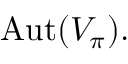
{ \mathrm { A u t } } ( V _ { \pi } ) .